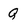
Character: Q